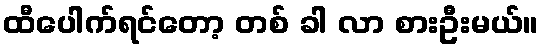
ထီပေါက်ရင်တော့ တစ် ခါ လာ စားဦးမယ်။